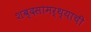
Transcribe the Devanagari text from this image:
शब्दसामर्थ्याची